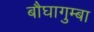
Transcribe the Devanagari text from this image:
बौघागुम्बा